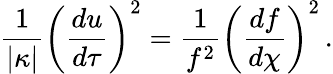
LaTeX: {\frac{1}{\vert\kappa\vert}}\left({\frac{du}{d\tau}}\right)^{2}={\frac{1}{f^{2}}}\left({\frac{df}{d\chi}}\right)^{2}\, .